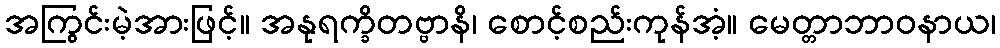
အကြွင်းမဲ့အားဖြင့်။ အနုရက္ခိတဗ္ဗာနိ၊ စောင့်စည်းကုန်အံ့။ မေတ္တာဘာဝနာယ၊